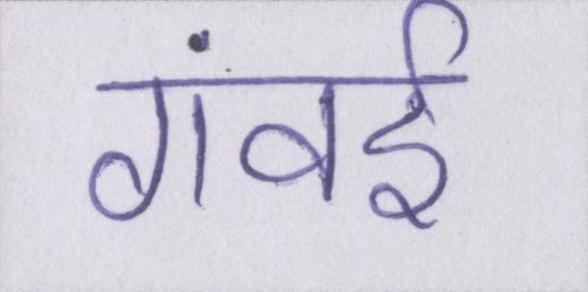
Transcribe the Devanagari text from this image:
गंवई